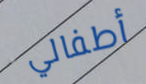
أطفالي